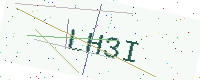
Text: LH3I